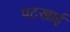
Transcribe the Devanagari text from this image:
पटखाई